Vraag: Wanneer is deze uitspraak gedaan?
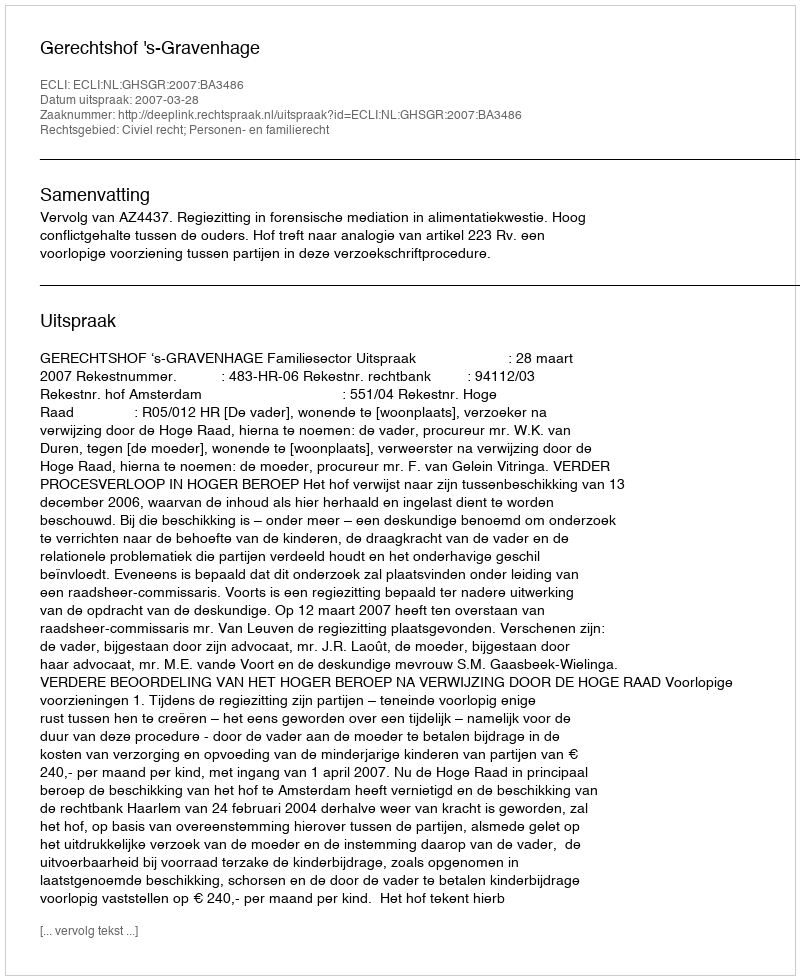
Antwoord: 2007-03-28